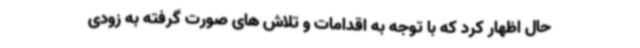
حال اظهار کرد که با توجه به اقدامات و تلاش های صورت گرفته به زودی